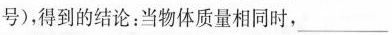
号)，得到的结论：当物体质量相同时,___